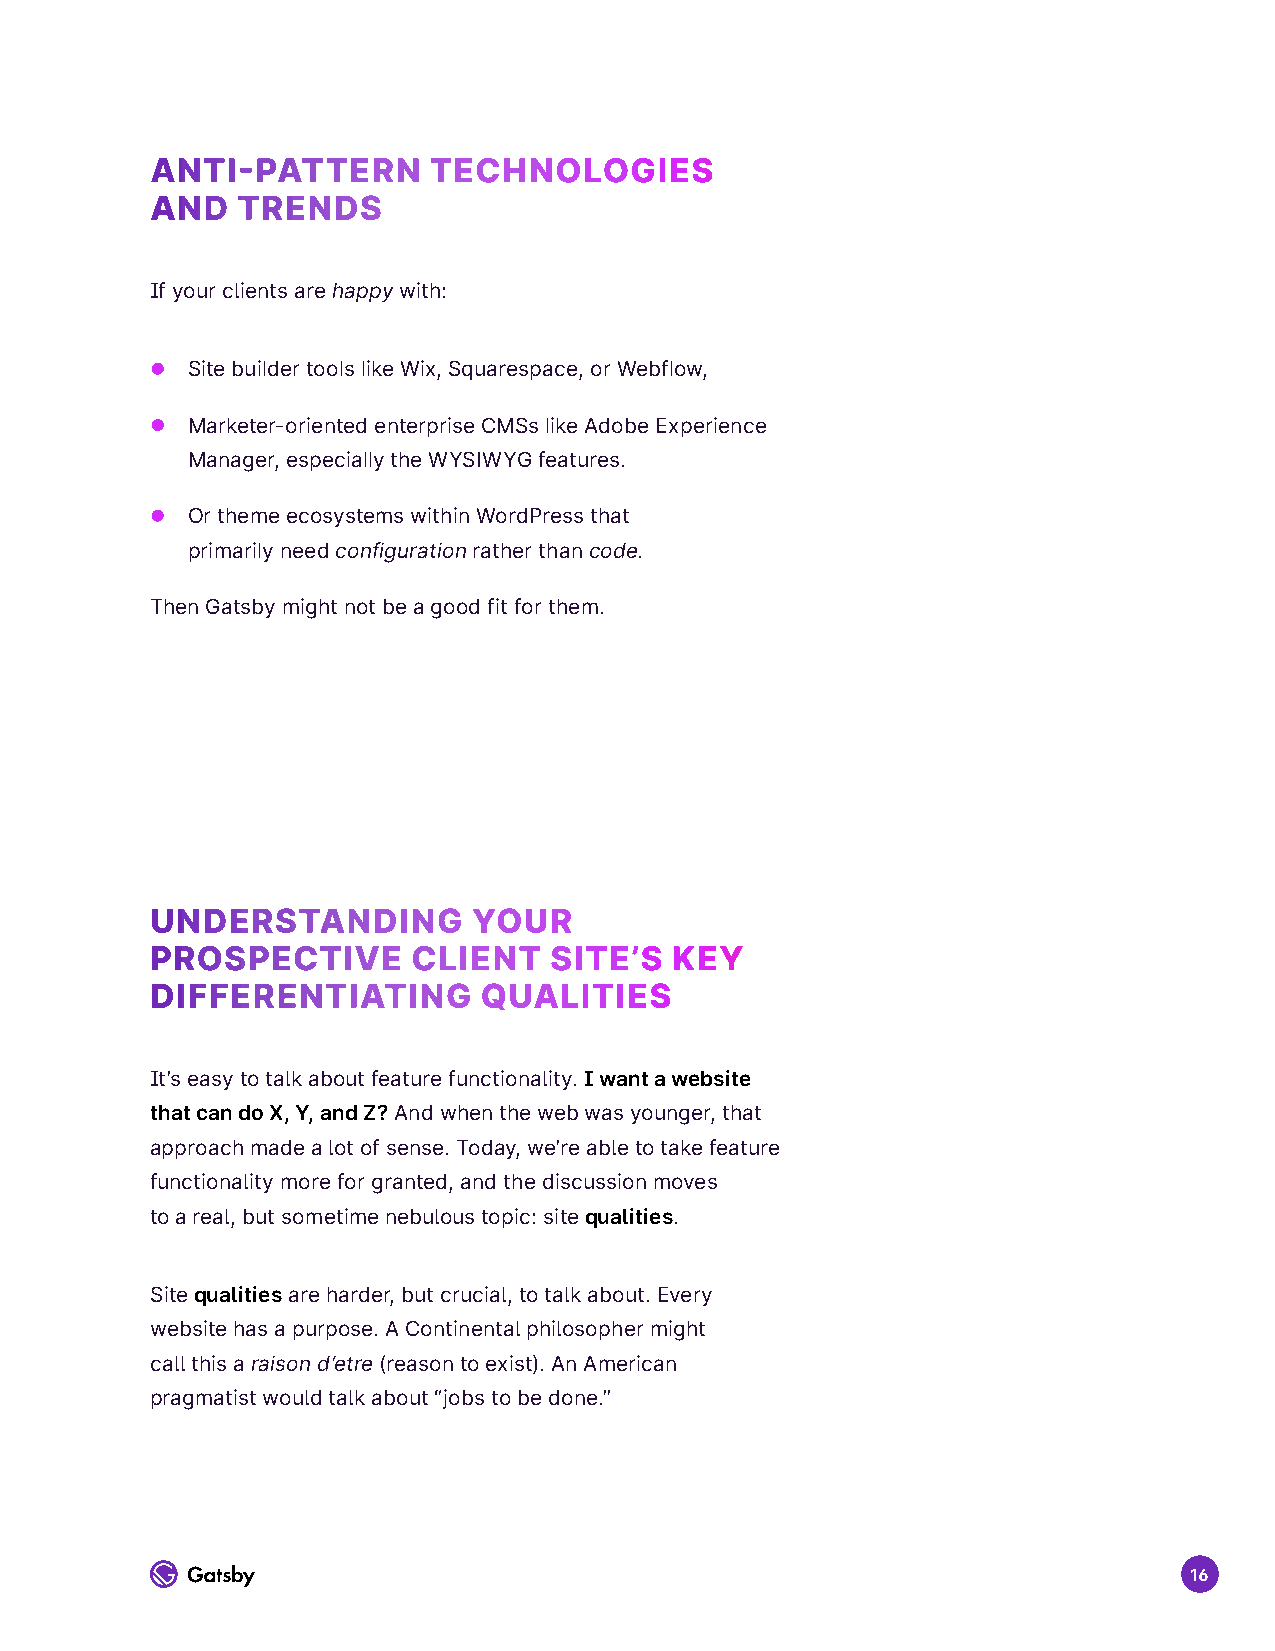
ANTI-PATTERN      TECHNOLOGIES
 AND   TRENDS
 If your clients are happy with:
 z Site builder tools like Wix, Squarespace, or Webflow,
 z Marketer-oriented enterprise CMSs like Adobe Experience
 Manager, especially the WYSIWYG features.
 z Or theme ecosystems within WordPress that
 primarily need configuration rather than code.
 Then Gatsby might not be a good fit for them.
 UNDERSTANDING        YOUR
 PROSPECTIVE      CLIENT   SITE’S  KEY
 DIFFERENTIATING       QUALITIES
 It’s easy to talk about feature functionality. I want a website
 that can do X, Y, and Z? And when the web was younger, that
 approach made a lot of sense. Today, we’re able to take feature
 functionality more for granted, and the discussion moves
 to a real, but sometime nebulous topic: site qualities.
 Site qualities are harder, but crucial, to talk about. Every
 website has a purpose. A Continental philosopher might
 call this a raison d’etre (reason to exist). An American
 pragmatist would talk about “jobs to be done.”
 16